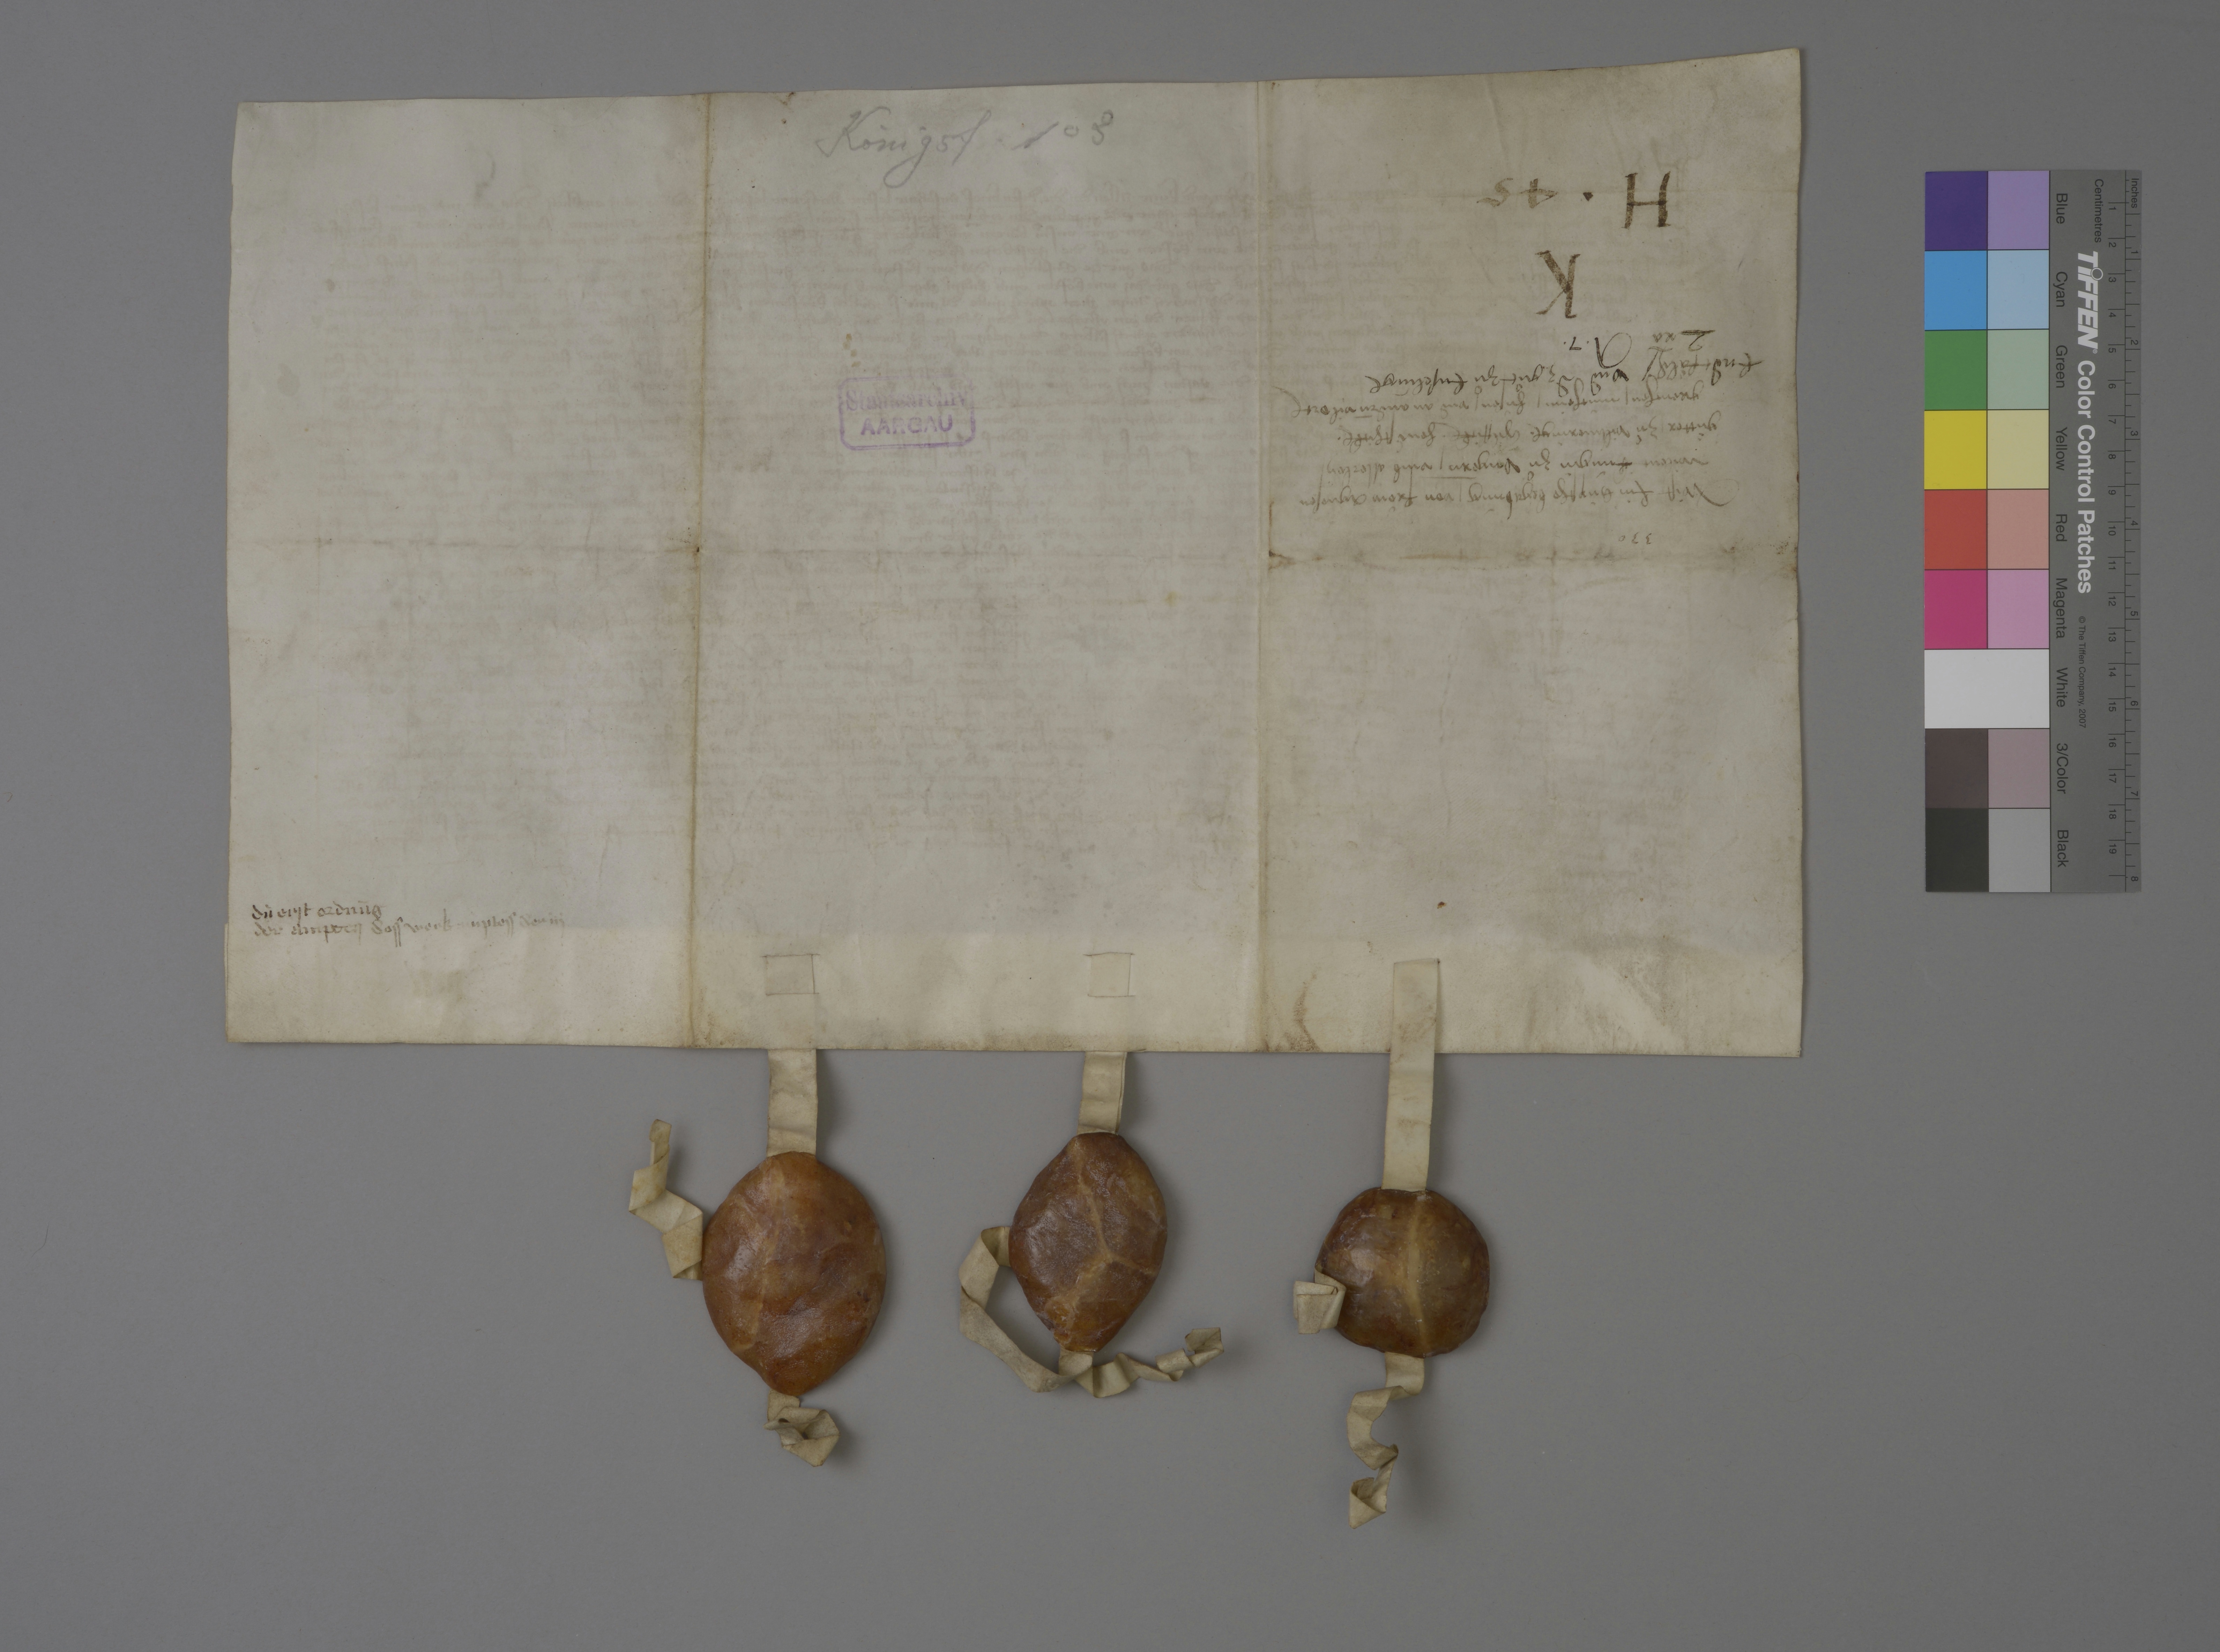
Königsf. 103

K
H ✳ 45

lr̄a

A ✳ 7 ✳

Endtfaͤld₎ ✳ und dz guͦt zuͦ Enseling₎

wist ein hùpsche begabùng ✳ von froͧw Agnesen
wilent kùngin zuͦ Ungern ✳ umb allerley
guͤtter ✳ zuͦ Villmering₎ ✳ Hilffick₎ ✳ Hendschick₎ ✳
Grenchen ✳ Mùcheim ✳ Hùsen ✳ und an andrn̄ vil ort₎

Staatsarchiv
AARGAU

330

dù erst ordnūg
der ampter ✳ dess werk amptess der iij

v iij